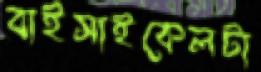
বাইসাইকেলটা